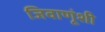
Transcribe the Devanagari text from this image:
जिवाणूंशी